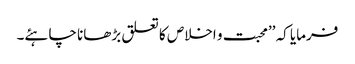
فرمایا کہ ’’محبت و اخلاص کا تعلق بڑھانا چاہئے۔